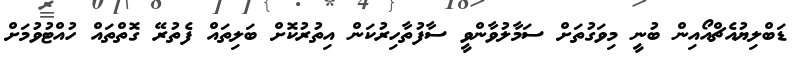
ޑަބްލިޔުއެޗްއޯއިން ބުނީ މިވަގުތަށް ސަމާލުވާންވީ ސާފުތާހިރުކަން އިތުރުކޮށް ބަލިތައް ފެތުރޭ ގޮތްތައް ހުއްޓުވުމަށް